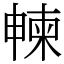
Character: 朄